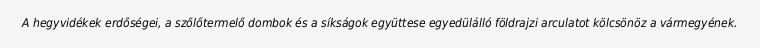
A hegyvidékek erdőségei, a szőlőtermelő dombok és a síkságok együttese egyedülálló földrajzi arculatot kölcsönöz a vármegyének.